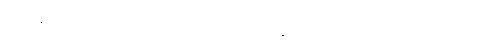
အကြံပေးကြပါရဲ့၊ တွေ့ပြီးပြောသော်လဲ ပတ်ဝန်းကျင်က ကန့်ကွက်ရင် ပျက်မှာမို့